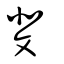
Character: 斐